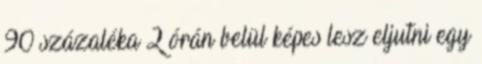
90 százaléka 2 órán belül képes lesz eljutni egy